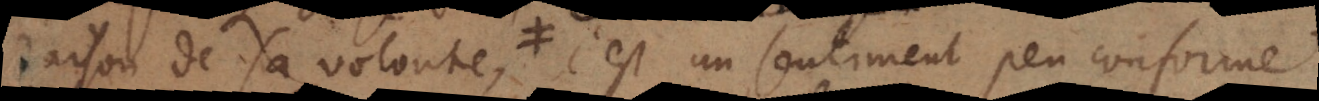
se peut point, c’est un sentiment peu conforme